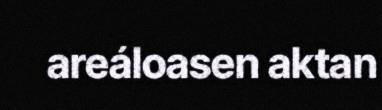
areáloasen aktan